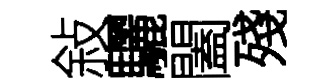
敍驪闔殘